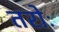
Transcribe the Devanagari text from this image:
तरोः